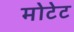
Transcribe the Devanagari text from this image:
मोटेट